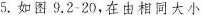
5.如图9.2-20，在由相同大小